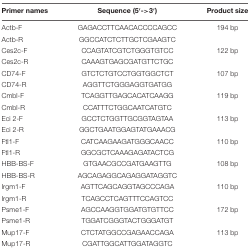
| Primer names | Sequence (5′->3′) | Product size |
 | --- | --- | --- |
 | Actb-F | GAGACCTTCAACACCCCAGCC | 194 bp |
 | Actb-R | GGCCATCTCTTGCTCGAAGTC |  |
 | Ces2c-F | CCAGTATCGTCTGGGTGTCC | 122 bp |
 | Ces2c-R | CAAAGTGAGCGATGTTCTGC |  |
 | CD74-F | GTCTCTGTCCTGGTGGCTCT | 107 bp |
 | CD74-R | AGGTTCTGGGAGGTGATGG |  |
 | Cmbl-F | TCAGGTTGAGCACATCAAGG | 119 bp |
 | Cmbl-R | CCATTTCTGGCAATCATGTC |  |
 | Eci 2-F | GCCTCTGGTTGCGGTAGTAA | 113 bp |
 | Eci 2-R | GGCTGAATGGAGTATGAAACG |  |
 | Ftl1-F | CATCAAGAAGATGGGCAACC | 110 bp |
 | Ftl1-R | GGCGCTCAAAGAGATACTCG |  |
 | HBB-BS-F | GTGAACGCCGATGAAGTTG | 108 bp |
 | HBB-BS-R | AGCAGAGGCAGAGGATAGGTC |  |
 | Irgm1-F | AGTTCAGCAGGTAGCCCAGA | 110 bp |
 | Irgm1-R | TCAGCCTCAGTTTCCAGTCC |  |
 | Psme1-F | AGCCAAGGTGGATGTGTTCC | 172 bp |
 | Psme1-R | TGGATCGGGTACTGGGATGT |  |
 | Mup17-F | CTCTATGGCCGAGAACCAGA | 113 bp |
 | Mup17-R | CGATTGGCATTGGATAGGTC |  |